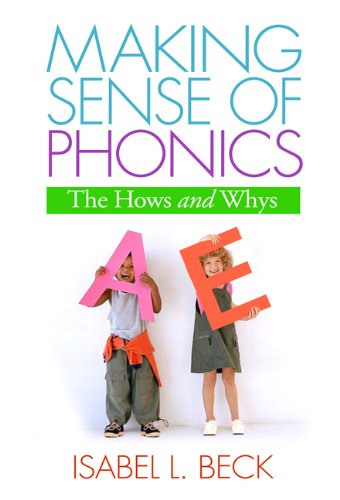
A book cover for Making Sense of Phonics, First Edition: The Hows and Whys (Solving Problems in the Teaching of Literacy); Isabel L. Beck PhD; Reference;